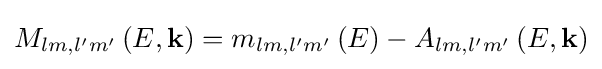
{M_{lm,l'm'}}\left({E,{\bf {k}}}\right)={m_{lm,l'm'}}\left(E\right)-{A_{lm,l'm'}}\left({E,{\bf {k}}}\right)